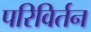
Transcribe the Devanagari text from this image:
परिविर्तन